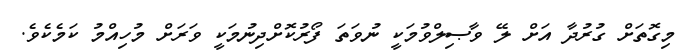
މިގޮތަށް ގުރުދާ އަށް ލޭ ވާޞިލްވުމަކީ ނުވަތަ ފޯރުކޮށްދިނުމަކީ ވަރަށް މުހިއްމު ކަމެކެވެ.